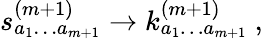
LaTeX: s_{a_{1}\ldots a_{m+1}}^{(m+1)}\rightarrow k_{a_{1}\ldots a_{m+1}}^{(m+1)}\ ,